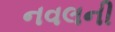
નવલની